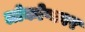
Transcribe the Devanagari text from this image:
लोकोप्कार